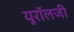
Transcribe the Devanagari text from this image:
यूरॉलजी